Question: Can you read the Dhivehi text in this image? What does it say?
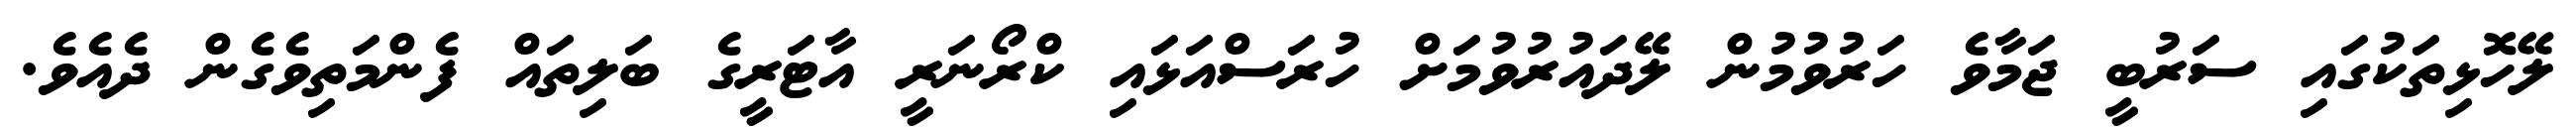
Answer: ލޭހޮޅިތަކުގައި ސަރުބީ ޖަމާވެ ހަރުވުމުން ލޭދައުރުވުމަށް ހުރަސްއަޅައި ކްރޯނަރީ އާޓަރީގެ ބަލިތައް ފެންމަތިވެގެން ދެއެވެ.